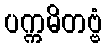
ပက္ကမိတဗ္ဗံ